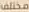
مختلف